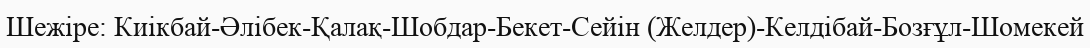
Шежіре: Киікбай-Әлібек-Қалақ-Шобдар-Бекет-Сейін (Желдер)-Келдібай-Бозғұл-Шомекей